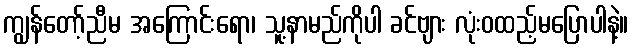
ကျွန်တော့်ညီမ အကြောင်းရော၊ သူ့နာမည်ကိုပါ ခင်ဗျား လုံးဝထည့်မပြောပါနဲ့။